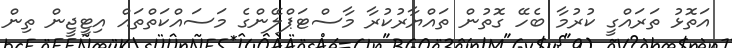
އަތޮޅު ތަރައްގީ ކުރުމާ ބެހޭ ގޮތުން ތައްޔާރުކުރާ މާސްޓަޕްލޭންގެ މަސައްކަތްތައް އިޓީޖީން ތިން